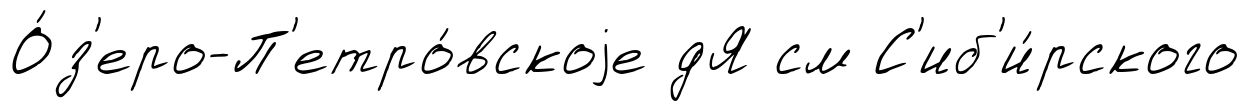
О́з'еро-П'етро́вскоjе дЯ см С'иб'и́рского